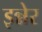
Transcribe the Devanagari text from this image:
इन्नेर